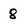
Character: 8